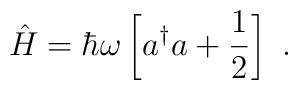
\hat{H}=\hbar\omega\left[a^\dagger a+\frac{1}{2}\right]\ .